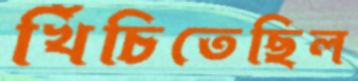
খিঁচিতেছিল